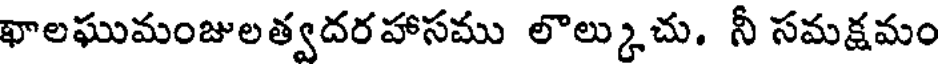
ఖాలఘుమంజులత్వదరహాసము లొల్కుచు. నీ సమక్షమం